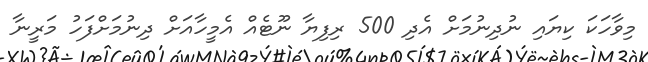
މިވާހަކަ ކިޔައި ނުދިނުމަށް އެދި 500 ރިފިޔާ ނޫޓެއް އެމީހާއަށް ދިނުމަށްފަހު މަރީނާ